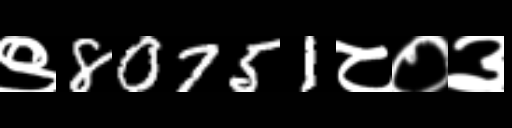
Text: ९80751८०३